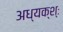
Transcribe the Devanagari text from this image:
अध्यक्श्ः